Scottish Leaving Certificate Examination, 1960
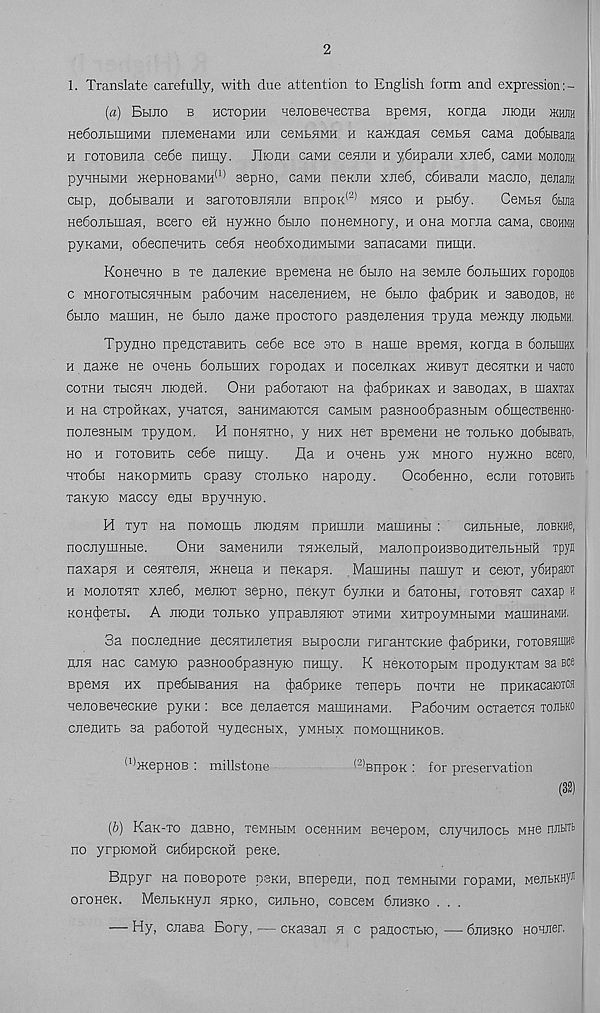
2
1. Translate carefully, with due attention to English form and expression
(a) Bluto b hctophh nenoBeuecTBa Bpeiyra, Korfla nionH hhjih
HedojiLiiiHMH njieMenaMH hjih ceMBHMH h KamnaH ceMtH caMa nodtisajia
h roTOBHJia cede namy. JIiohh cawn cenriH h ydupann xned, caMH mojiojih
pyHHbiMH >KepHOBaMn (1) sepno, cawH nenJiH xjied, c6ma.mi wacno, nejiam
CLip, nodbiBanH h BaroxoBiiHJiH BnpoK (2) mhco h ptidy.
CeMLH 6tijia
Hedonbman, Bcero eh Hymno 6hjio noneMHory, h ona Morna caMa, cbohmh
pyKaMH, odecneHHTb cedn neo6xohhmbimh sanacaMH nHmH.
KoHeHHo b Te naneKHe Bpewena He 6hjio Ha seMJie donbiuHx roponoB
c MHoroxbiCHHHbiM padoHHM HaceneHHeM, He 6hjio ^adpHK h saBo«oB, ne
6hjio ManiHH, He 6hjio naaie npocxoro pasnenenHSi ipyna Memny niontMH.
TpynHo npencxaBHTb cede Bee axo b name Bpewn, Korna b dojibiim
h na>Ke ne ohchb donbuiHx roponax h nocejiKax mHByx necHXKH h nacTO
coxhh xbicHH moneh. Ohh padoxaiox na iJiadpHRax h saBonax, b maxtax
h na cxpohKax, yuaxcH, saHHMaioxcs! caMbm pasnoodpasHbiM odmecxseHno-
nojiesHbiM xpynoM. H fiohhxho, y hhx Hex BpeMenn ne xoitbKO nodbiBaib,
ho h xoxobhxb cede nHiny.
fla h onenb yax mhopo Hy)KHO Bcero,
Hxodbi naKopMuxb cpasy cxonbKO napony.
Ocodenno, ecnH roxoBHTt
xanyio waccy eubi BpyHHyio.
H xyx na noMomb jhouhm npHtunH MamnHbi :
CHJibHbie, noBKHe,
nocnymHbie.
Ohh saMeHHJiH xsaHcejibih, ManonpoHBBOflHxejibHbiH rpya
naxapn h cenxejiH, mneua h neKapsj. . MauiHHbi namyx h cerox, ydnpaJOT
h mojioxhx xned, Mextrox sepno, nenyx dyjiKH h daxonbi, xoxobhx caxap a
KOH^exbi. A nionH xojibKO ynpaBjiaiox sxhmh xHxpoyMHbiMH MauiHHaMH.
3a nocjieflHHe necnxHJiexHH BbipocjiH rnranxcKHe (JjadpHKH, roxoBHifl®
nun nac caMyio paBHoodpaBHyro iramy. K HenoxopbiM nponyKxaM sa see
BpeMH hx npedbmaHHH Ha (|>adpHKe xenepb hohxh He npHKacaioTca
HenoBenecKHe pyKH : see nenaexesa ManmHaMH. PadoHHM ocxaexca tojibko
cnenHXb 3a padoxoh uynecHbix, ywHbix nowomHHKOB.
'^HiepHOB : millstone
( "'BnpoK : for preservation
(32)
(b) Kax-xo naBHO, xeMHbiM ocbhhhm BeuepoM, cnyHHJiocb mhb imhtb
no yrpiOMOH CHdnpcKOH pexe.
Bnpyr na noBopoxe dskh, Bnepenn, non xeMHHMH ropaMH, MenbKHyJ
oroneK. MenbKHyji npKO, chubho, cobcbm daiHSKO . . .
— Hy, cjiaBa Bory, — exasan h c panocxbio, — djiHSxo Hoxner.